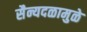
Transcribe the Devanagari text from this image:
सैन्यदळामुळे